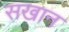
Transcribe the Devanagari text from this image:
सखान